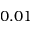
0 . 0 1